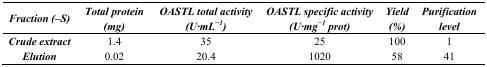
<table><thead><tr><td><b><i>Fraction (–S)</i></b></td><td><b><i>Total protein (mg)</i></b></td><td><b><i>OASTL total activity (U·mL<sup>−1</sup>)</i></b></td><td><b><i>OASTL specific activity (U·mg<sup>−1</sup> prot)</i></b></td><td><b><i>Yield (%)</i></b></td><td><b><i>Purification level</i></b></td></tr></thead><tbody><tr><td><b><i>Crude extract</i></b></td><td>1.4</td><td>35</td><td>25</td><td>100</td><td>1</td></tr><tr><td><b><i>Elution</i></b></td><td>0.02</td><td>20.4</td><td>1020</td><td>58</td><td>41</td></tr></tbody></table>